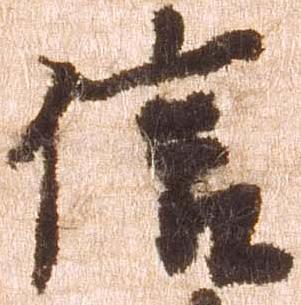
信